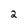
Character: 2